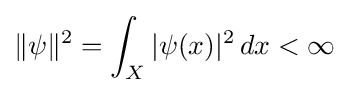
\|\psi \|^{2}=\int _{X}|\psi (x)|^{2}\,dx<\infty